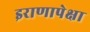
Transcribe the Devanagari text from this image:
इराणापेक्षा